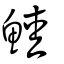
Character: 鯥